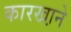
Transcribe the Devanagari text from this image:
कारखा़ने